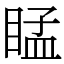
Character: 䁅